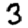
Digit: 3